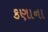
કણાના